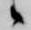
候